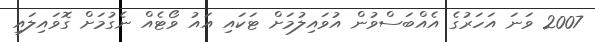
2007 ވަނަ އަހަރުގެ އެއްބަސްވުން އުވައިލުމަށް ޓަކައި އައު ވޯޓެއް ނެގުމަށް ގޮވައިލައި